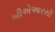
બીએઆરસી